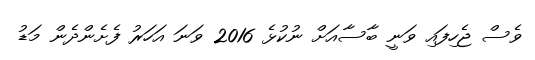
ވެސް ޖެހިފައި ވަނީ ބާސާއަށް ނުކުޅެ 2016 ވަނަ އަހަރު ފެށެންދެން މަޑު